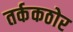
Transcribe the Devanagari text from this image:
तर्ककठोर